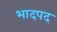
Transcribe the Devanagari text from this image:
भादपद